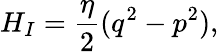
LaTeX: H_{I}=\frac\eta 2(q^{2}-p^{2}),